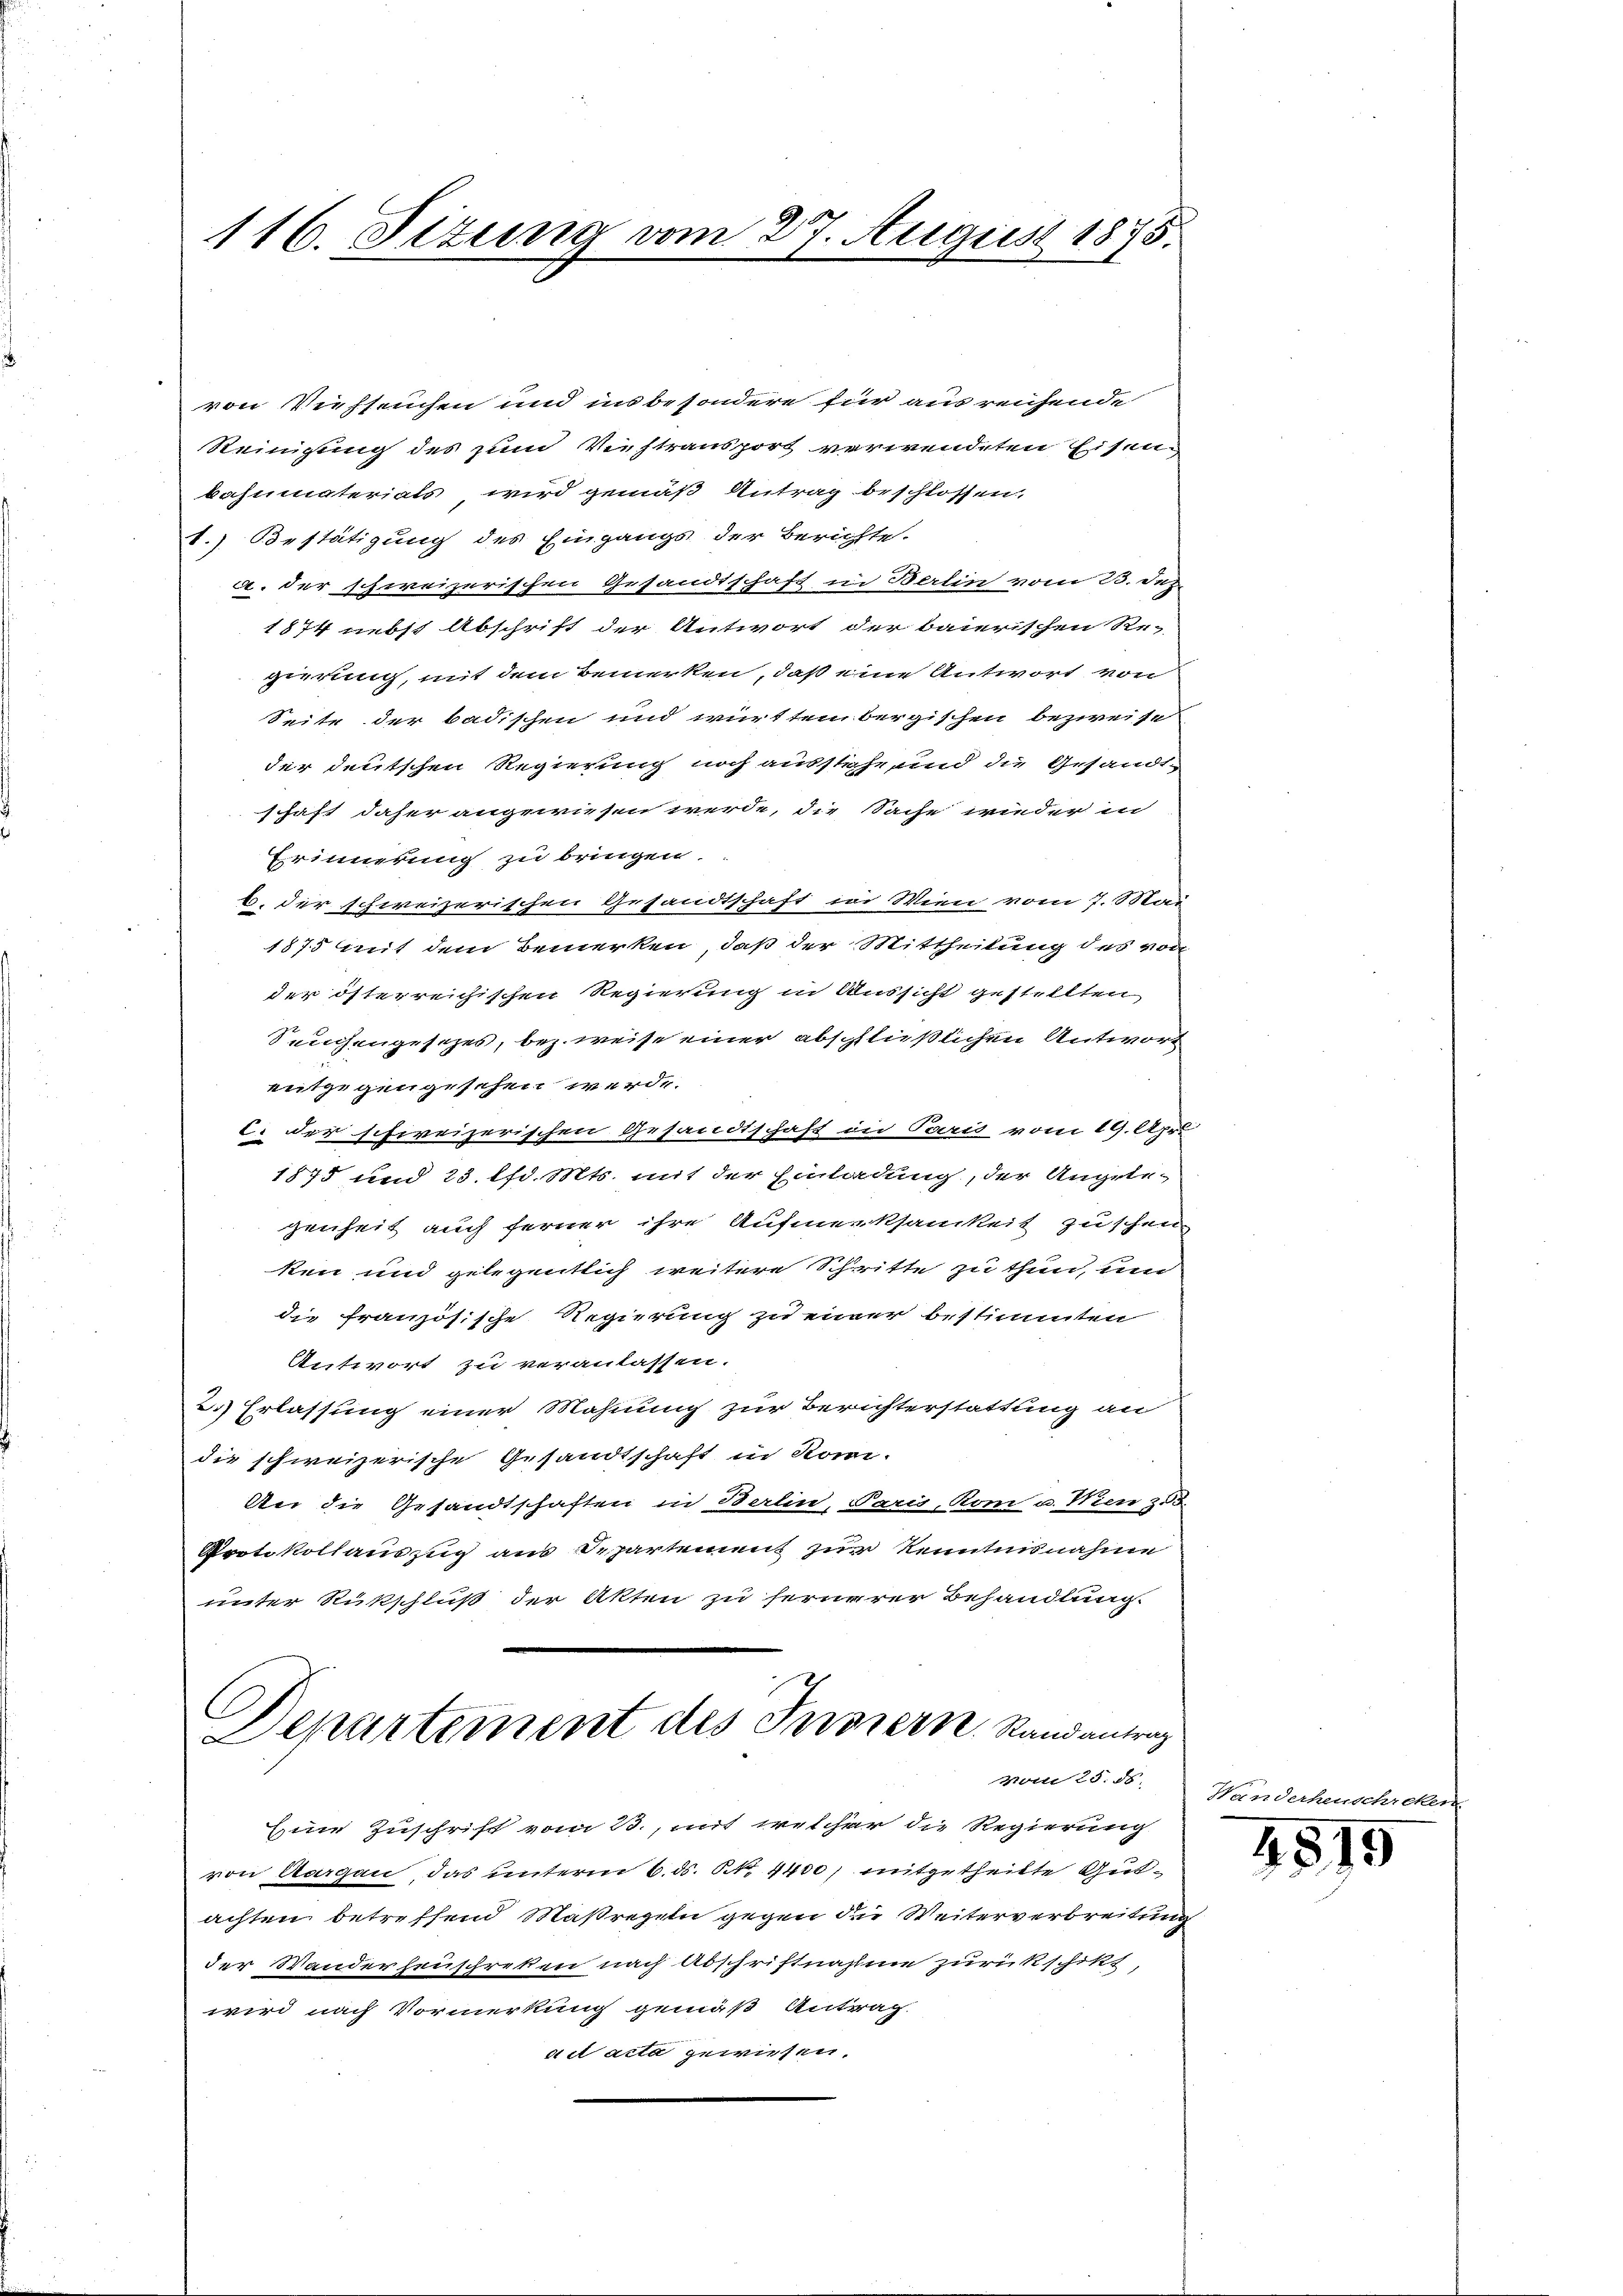
116. Sizung vom 27. August 1875.

von Viehseuchen und in besondere für ausreichende
Reinigung des zum Viehtransport verwendeten Eisenbahnmaterials wird gemäß Antrag beschlossen.
1.) Bestätigung des Eingangs der Berichte.
a. der schweizerischen Gesandtschaft in Berlin vom 23. Dez.
1874 nebst Abschrift der Antwort der baierischen Re-
gierung, mit dem Bemerken, daß eine Antwort von
Seite der badischen und württembergischen bezweise
der deutschen Regierung noch ausstehe, und die Gesandt-
schaft daher angewiesen werde, die Sache wieder in
Erinnerung zu bringen.
b. der schweizerischen Gesandtschaft in Wien vom 7. Mai
1875 mit dem Bemerken, daß der Mittheilung des von
der österreichischen Regierung in Aussicht gestellten
Seuchengesezes, bez. weise einer abschließlichen Antwort
entgegengesehen werde.
C. der schweizerischen Gesandtschaft in Paris vom 19. Apr
1875 und 23. lfd. Mts. mit der Einladung, der Angelegenheit auch ferner ihre Aufmerksamkeit Zuschen
ken und gelegentlich weitere Schritte zu thun, um
die französische Regierung zu einer bestimmten
Antwort zu veranlassen.
2.) Erlassung einer Mahnung zur Berichterstattung an
die schweizerische Gesandtschaft in Kon-
An die Gesandtschaften in Berlin, Paris, Kom a. Wien z.B.
Protokollauszug aus Departement zur Kenntnisnahme
unter Rükschluß der Akten zu fernerer Behandlung
C
Departement des Serviern. Randantrag
vom 25. ds.
Eine Zuschrift vom 1., mit welcher die Regierung
von Aargau, das unterm 6. ds. S. 4400) mitgetheilte Gutachten betreffend Maßregeln gegen die Weiterverbreitung
der Wanderheuschreken nach Abschriftnahme zurückschikt,
wird nach Vormerkung gemäß Antrag.
ad acta gewiesen.

Wanderheuschreker

4515